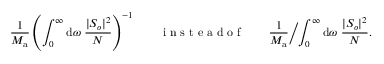
\frac { 1 } { M _ { \mathrm { a } } } \left( \int _ { 0 } ^ { \infty } \mathrm { d } \omega \; \frac { | S _ { o } | ^ { 2 } } { N } \right) ^ { - 1 } \qquad \mathrm { ~ i ~ n ~ s ~ t ~ e ~ a ~ d ~ o ~ f ~ } \qquad \frac { 1 } { M _ { \mathrm { a } } } \biggl / \int _ { 0 } ^ { \infty } \mathrm { d } \omega \; \frac { | S _ { o } | ^ { 2 } } { N } .